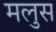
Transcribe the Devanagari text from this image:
मलुस